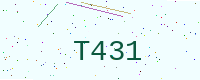
Text: T431